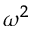
\omega ^ { 2 }